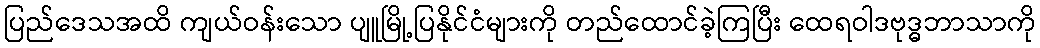
ပြည်ဒေသအထိ ကျယ်ဝန်းသော ပျူမြို့ပြနိုင်ငံများကို တည်ထောင်ခဲ့ကြပြီး ထေရဝါဒဗုဒ္ဓဘာသာကို